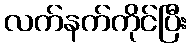
လက်နက်ကိုင်ပြီး